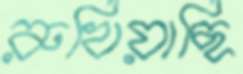
রুখিয়াছি